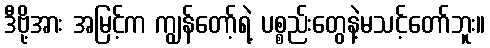
ဒီဗို့အား အမြင့်က ကျွန်တော့်ရဲ့ ပစ္စည်းတွေနဲ့မသင့်တော်ဘူး။